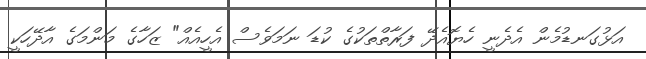
އަޅުގަނޑުމެން އެދެނީ ހެޔޮއެދޭ ފަރާތްތަކުގެ ކުޑަ ނަމަވެސް އެހީއެއް" ޒަހާގެ މަންމަގެ އާދޭހަކީ